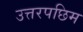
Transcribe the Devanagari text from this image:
उत्तरपछिम